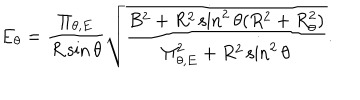
LaTeX: E _ { \theta } = \frac { \Pi _ { \theta , E } } { R \sin \theta } \sqrt { \frac { B ^ { 2 } + R ^ { 2 } \sin ^ { 2 } \theta ( R ^ { 2 } + R _ { \theta } ^ { 2 } ) } { \Pi _ { \theta , E } ^ { 2 } + R ^ { 2 } \sin ^ { 2 } \theta } } .